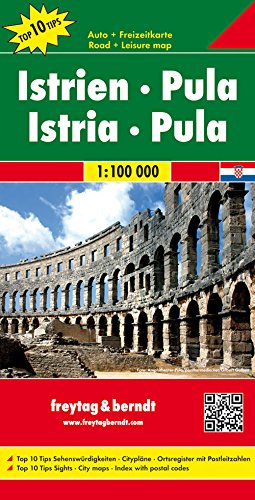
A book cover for Istria- Pula (Slovenia) 1:100K (English, Spanish, French, Italian and German Edition); Freytag-Berndt; Travel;